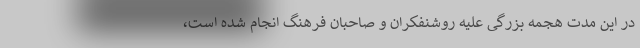
در این مدت هجمه بزرگی علیه روشنفکران و صاحبان فرهنگ انجام شده است،